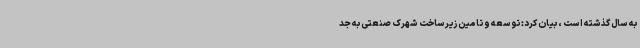
به سال گذشته است ، بیان کرد: توسعه و تامین زیرساخت شهرک صنعتی به جد